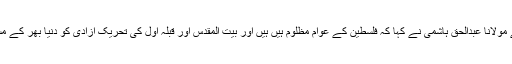
اس موقع پر گفتگو کرتے ہوئے مولانا عبدالحق ہاشمی نے کہا کہ فلسطین کے عوام مظلوم ہیں ہیں اور بیت المقدس اور قبلہ اول کی تحریک آزادی کو دنیا بھر کے مسلمانوں کی حمایت حاصل ہے۔